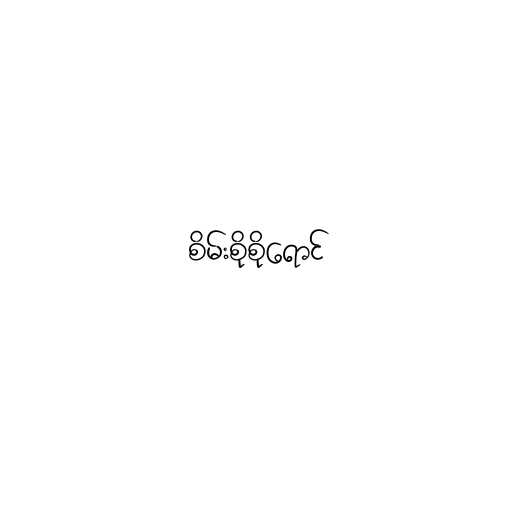
စိမ်းစိုစိုရောင်